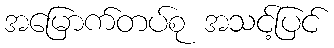
အမြောက်တပ်စု အသင့်ပြင်